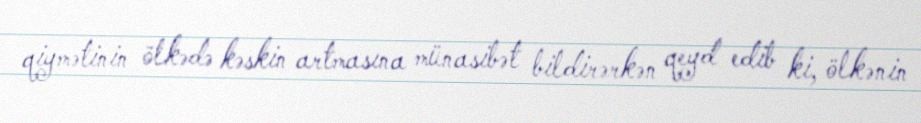
qiymətinin ölkədə kəskin artmasına münasibət bildirərkən qeyd edib ki, ölkənin